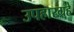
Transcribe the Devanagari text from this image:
उपहारग्रहे